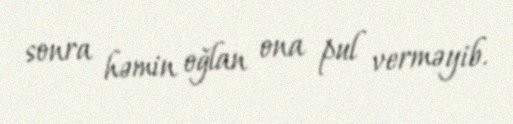
sonra həmin oğlan ona pul verməyib.